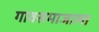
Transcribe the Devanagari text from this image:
गावसमाजाला